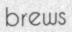
brews